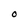
Character: O